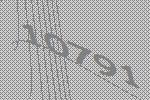
10791